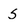
Character: s